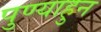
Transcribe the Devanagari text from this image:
पुण्याहुन